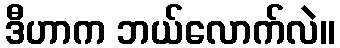
ဒီဟာက ဘယ်လောက်လဲ။